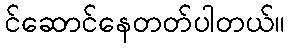
င်ဆောင်နေတတ်ပါတယ်။